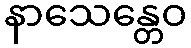
နာသေန္တေဝ